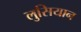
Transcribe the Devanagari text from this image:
लुसियान